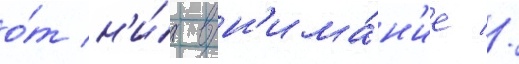
о́т н'и́х вн'има́н'ие //